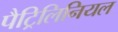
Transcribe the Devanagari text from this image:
पैट्रिलिनियल